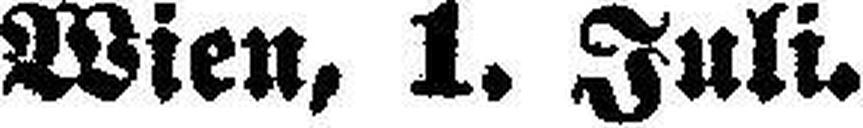
Wien, 1. Juli.